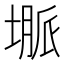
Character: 𱗦